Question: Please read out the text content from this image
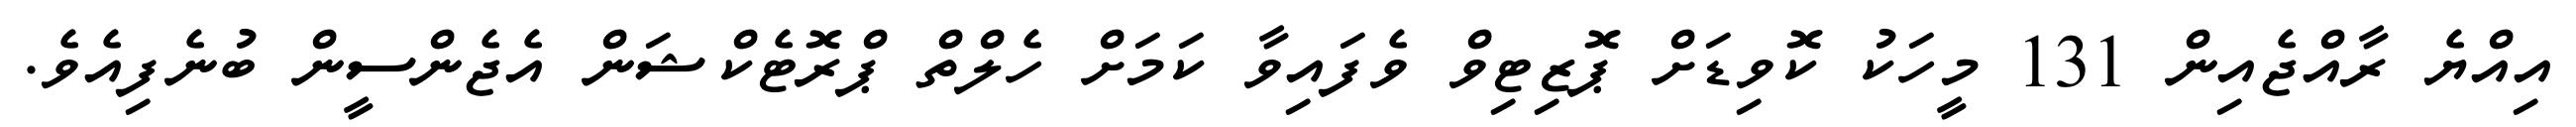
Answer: އިއްޔެ ރާއްޖެއިން 131 މީހަކު ކޮވިޑަށް ޕޮޒިޓިވް ވެފައިވާ ކަމަށް ހެލްތް ޕްރޮޓެކްޝަން އެޖެންސީން ބުނެފިއެވެ.